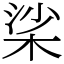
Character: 桬